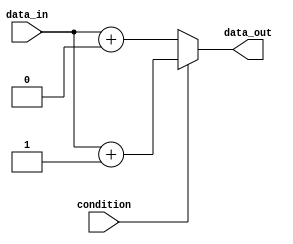
module if_else_statement (
    input wire condition,
    input wire data_in,
    output reg data_out
);

always @(*) begin
    if (condition) begin
        // Condition is true, execute this block
        data_out = data_in + 1;
    end else begin
        // Condition is false, execute this block
        data_out = data_in + 2;
    end
end

endmodule